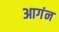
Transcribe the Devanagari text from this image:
आगंन